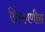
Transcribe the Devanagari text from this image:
विभगणीस